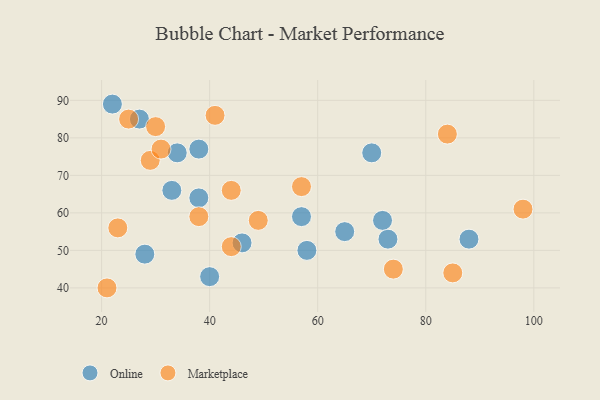
{"axis": {"x": "GDP", "y": "Life Expectancy"}, "legend": ["Marketplace", "Online"], "data": [{"x": "88", "y": 53, "type": "Online"}, {"x": "34", "y": 76, "type": "Online"}, {"x": "38", "y": 77, "type": "Online"}, {"x": "73", "y": 53, "type": "Online"}, {"x": "70", "y": 76, "type": "Online"}, {"x": "58", "y": 50, "type": "Online"}, {"x": "46", "y": 52, "type": "Online"}, {"x": "28", "y": 49, "type": "Online"}, {"x": "33", "y": 66, "type": "Online"}, {"x": "57", "y": 59, "type": "Online"}, {"x": "65", "y": 55, "type": "Online"}, {"x": "27", "y": 85, "type": "Online"}, {"x": "22", "y": 89, "type": "Online"}, {"x": "40", "y": 43, "type": "Online"}, {"x": "72", "y": 58, "type": "Online"}, {"x": "38", "y": 64, "type": "Online"}, {"x": "41", "y": 86, "type": "Marketplace"}, {"x": "38", "y": 59, "type": "Marketplace"}, {"x": "25", "y": 85, "type": "Marketplace"}, {"x": "23", "y": 56, "type": "Marketplace"}, {"x": "44", "y": 66, "type": "Marketplace"}, {"x": "30", "y": 83, "type": "Marketplace"}, {"x": "21", "y": 40, "type": "Marketplace"}, {"x": "98", "y": 61, "type": "Marketplace"}, {"x": "29", "y": 74, "type": "Marketplace"}, {"x": "84", "y": 81, "type": "Marketplace"}, {"x": "44", "y": 51, "type": "Marketplace"}, {"x": "57", "y": 67, "type": "Marketplace"}, {"x": "49", "y": 58, "type": "Marketplace"}, {"x": "74", "y": 45, "type": "Marketplace"}, {"x": "31", "y": 77, "type": "Marketplace"}, {"x": "85", "y": 44, "type": "Marketplace"}]}